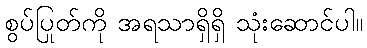
စွပ်ပြုတ်ကို အရသာရှိရှိ သုံးဆောင်ပါ။